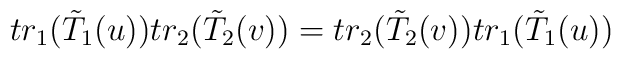
tr_{1}(\tilde T_{1}(u) )tr_{2}(\tilde T_{2}(v) )=tr_{2}(\tilde T_{2}(v) )tr_{1}( \tilde T_{1}(u) )